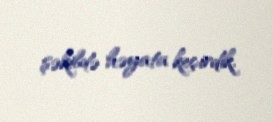
şəkildə həyata keçirdik.